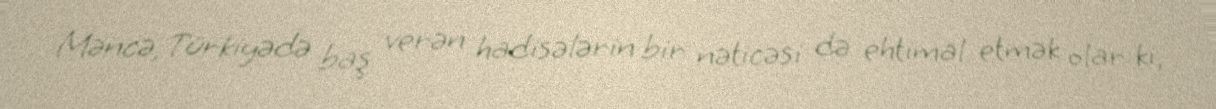
Məncə, Türkiyədə baş verən hadisələrin bir nəticəsi də ehtimal etmək olar ki,